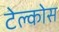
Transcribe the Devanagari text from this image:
टेल्कोस